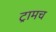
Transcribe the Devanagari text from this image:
ट्रामच